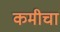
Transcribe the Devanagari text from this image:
कमीचा